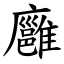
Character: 廱